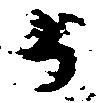
か